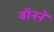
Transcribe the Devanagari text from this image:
वॉनने